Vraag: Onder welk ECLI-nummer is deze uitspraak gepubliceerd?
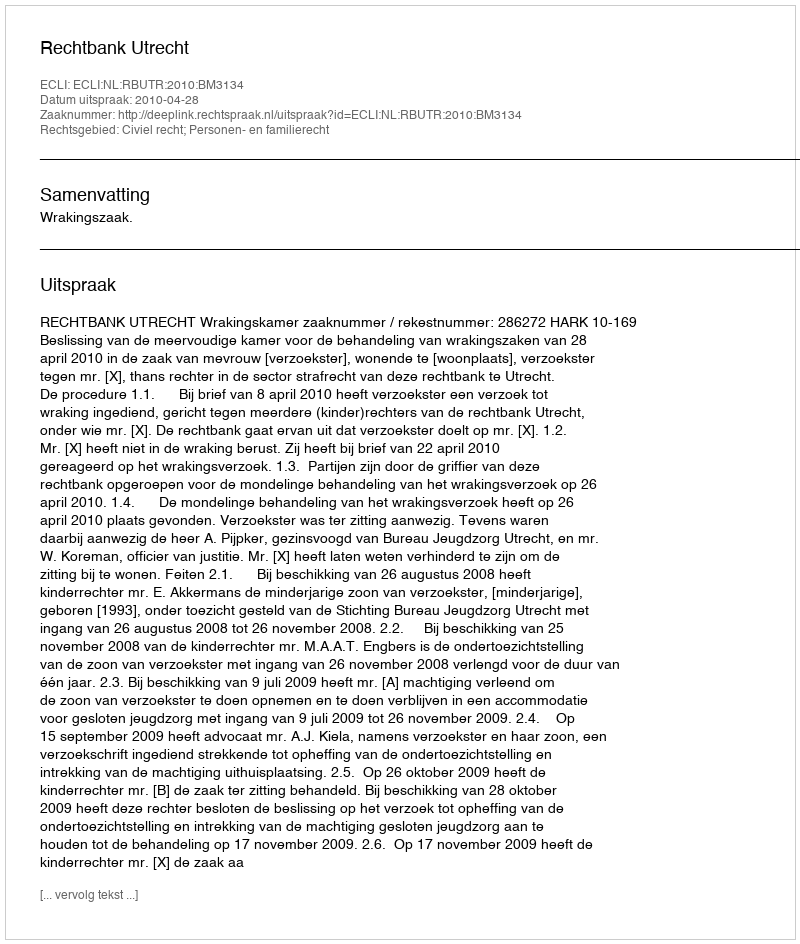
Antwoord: ECLI:NL:RBUTR:2010:BM3134